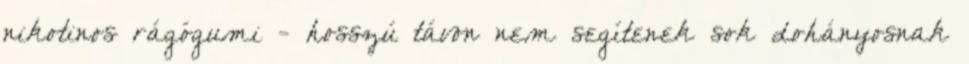
nikotinos rágógumi - hosszú távon nem segítenek sok dohányosnak